Bréfritari: Stefanía Siggeirsdóttir
Viðtakandi: Páll Pálsson
Dagsetning: A-1870-01-03
Skrifað á: Hraungerði  Árn.
Stefanía var bróðurdóttir Páls Pálssonar

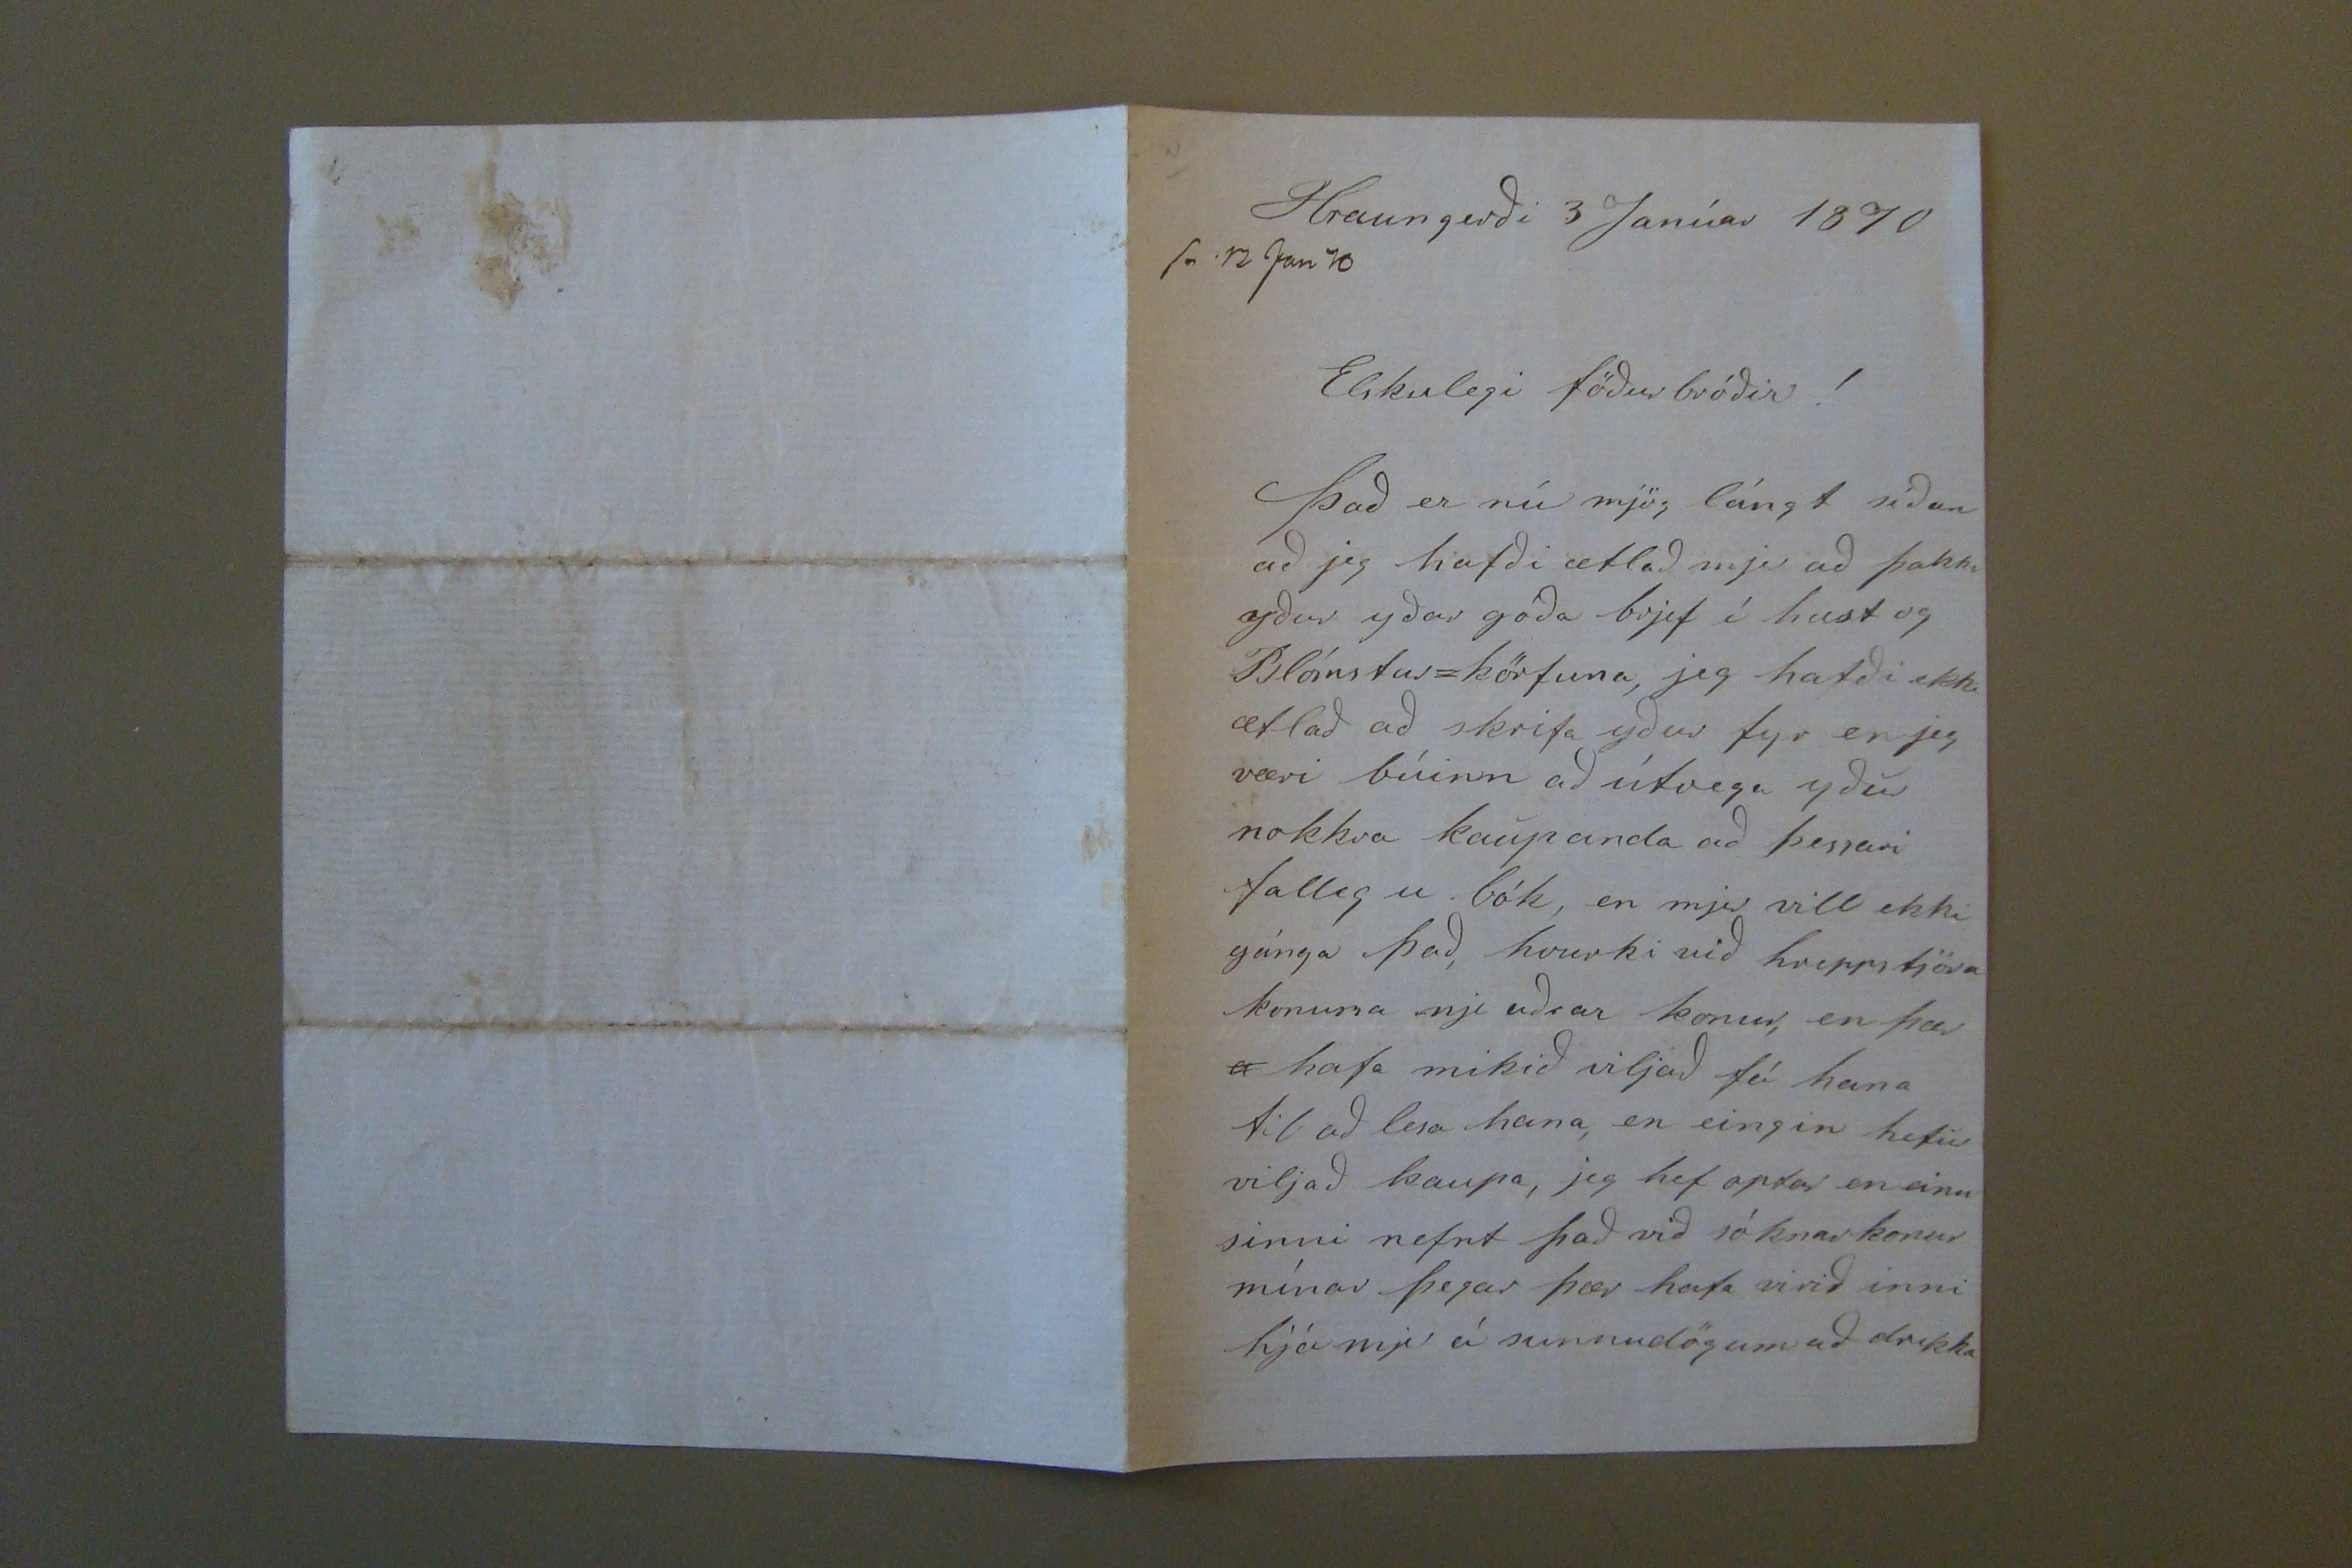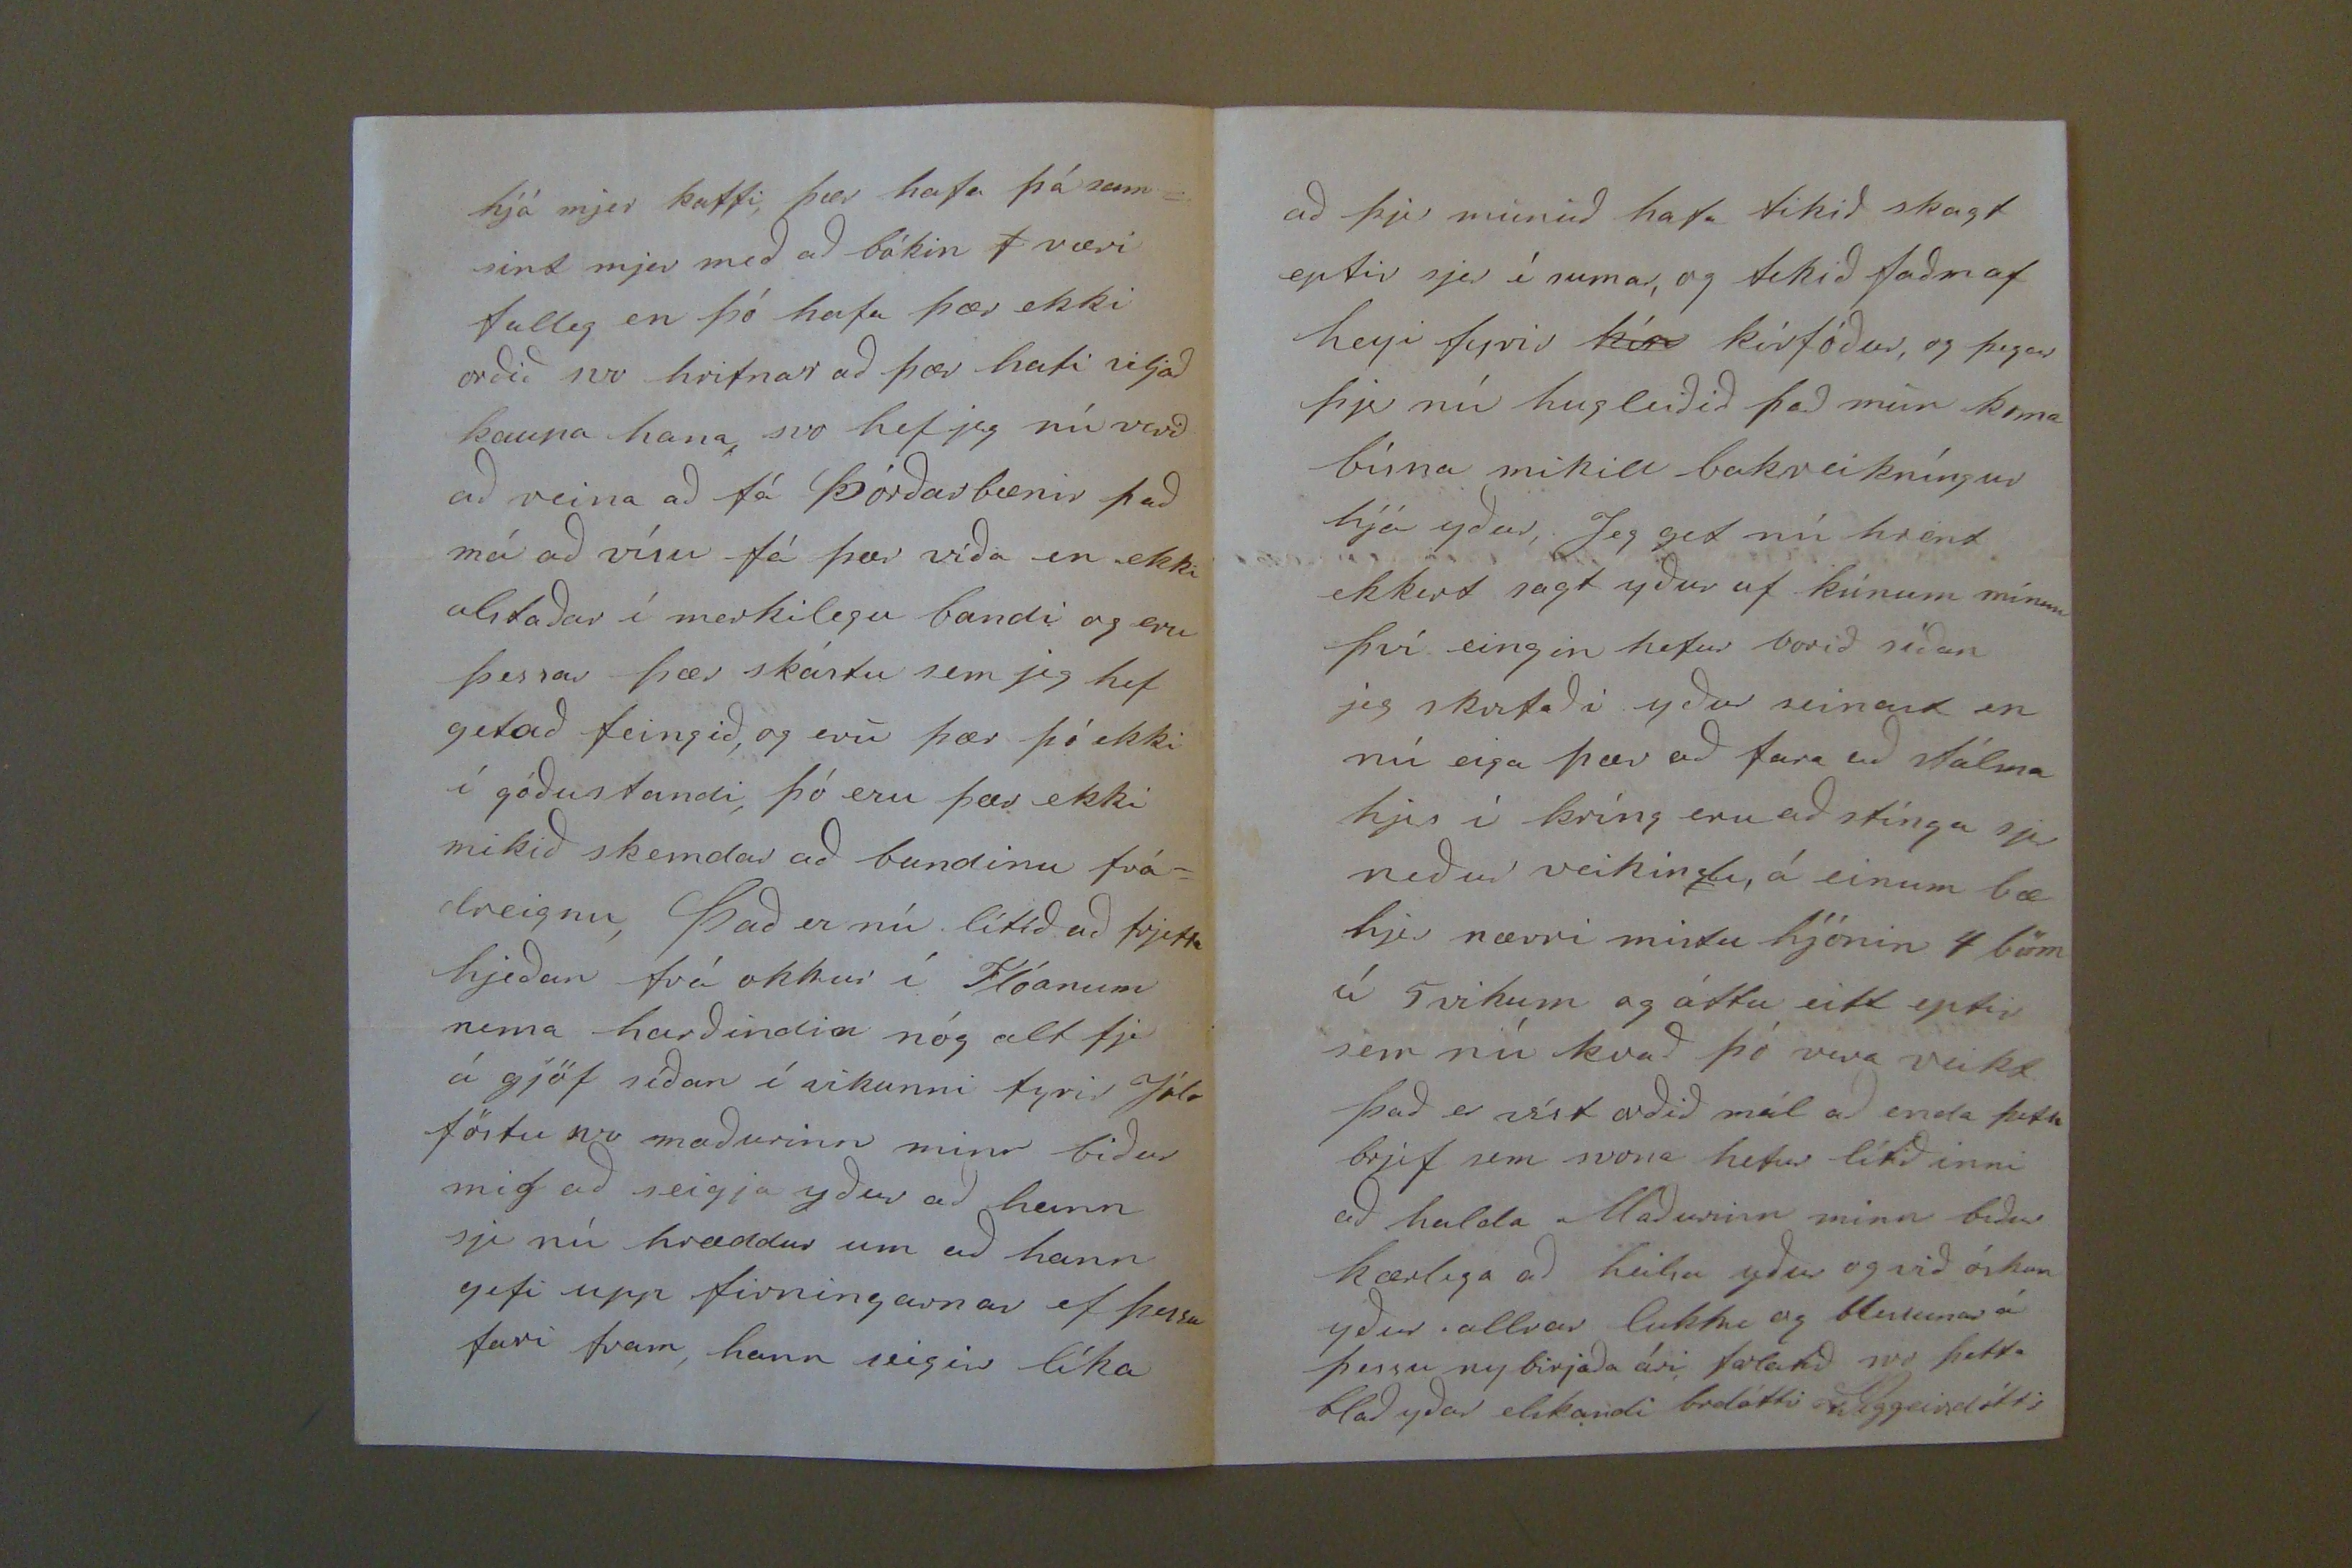

Hraungerði 3 Janúar 1870
sv 12 Jan 70
Elskulegi föðurbróðir!
Það er nú mjög lángt síðan að jeg hafði ætlað mjer að þakka yður yðar góða brjef í hust og Blómstur=körfuna, jeg hafði ekki ætlað að skrifa yður fyr en jeg væri búinn að útvega yður nokkra kaupanda að þessari fallegu bók, en mjer vill ekki gánga það, hvurki við hreppstjöra konuna nje aðrar konur, en þar
a
hafa mikið viljað fá hana til að lesa hana, en eingin hefir viljað kaupa, jeg hef optar en einu sinni nefnt það við sóknarkonur mínar þegar þær hafa virið inni hjá mjer á sunnudögum að drekka
hjá mjer kaffi, þær hafa þá sam= sint mjer með að bókin
f
væri falleg en þó hafa þær ekki orðið svo hrifnar að þær hafi viljað kaupa hana, svo hef jeg nú verið að reina að fá Þórðarbænir það má að vísu fá þær víða en ekki litaðar í merkilegu bandi og eru þessar þær skástu sem jeg hef getað feingið, og eru þær þó ekki í góðu standi, þó eru þær ekki mikið skemdar að bundinu frá= dreignu, Það er nú lítið að frjetta hjeðan frá okkur í Flóanum nema harðindin nóg alt fje á gjöf síðan í vikunni fyrir Jóla föstu svo maðurinn minn biður mig að seigja yður að hann sje nú hræddur um að hann gefi upp firningarnar ef þessu fari fram, hann seigir líka
að þjer munið hafa tikið skagt eptir sjer í sumar, og tekið faðm af heyi fyrir
kín
kírfóður, og þegar þjer nú hugleiðið það mun koma bísna mikill bakreikníngur hjá yður, Jeg get nú hreint ekkert sagt yður af kúnum mínum því eingin hefur borið síðan jeg skrifaði yður seinast en nú eiga þær að fara að stálma hjer í kríng eru að stínga sjer niður veikindi, á einum bæ hjer nærri mistu hjónin 4 börn á 5 vikum og áttu eitt eptir sem nú kvað þó vera veikt það er víst orðið mál að enda þetta brjef sem svona hefur lítið inni að halda Maðurinn minn biður kærlega að heilsa yður og við óskum yður allrar lukku og blessunar á þessu ny birjaða ári forlatið svo þetta blað yðar elskandi brdóttir
StSiggeirsdóttir